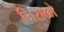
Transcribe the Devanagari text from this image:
निराळो